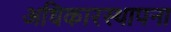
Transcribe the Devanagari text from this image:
अधिकारस्थापना